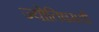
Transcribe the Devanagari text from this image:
ज्योतिषमती